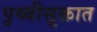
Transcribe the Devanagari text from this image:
पृथ्वीसूक्तात